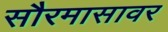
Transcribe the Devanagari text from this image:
सौरमासावर